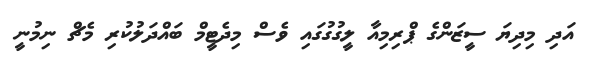
އަދި މިދިޔަ ސީޒަންގެ ޕްރިމިއާ ލީގުގުގައި ވެސް މިދެޓީމް ބައްދަލުކުރި މެޗް ނިމުނީ